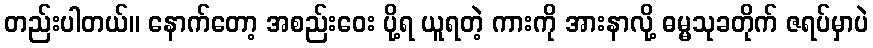
တည်းပါတယ်။ နောက်တော့ အစည်းဝေး ပို့ရ ယူရတဲ့ ကားကို အားနာလို့ ဓမ္မသုခတိုက် ဇရပ်မှာပဲ